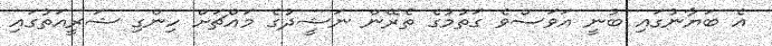
އެ ބަޔާނުގައި ބުނީ އަވަސްވެ ގަތުމުގެ ތެރޭން ނަޝީދުގެ މައްޗަށް ހިންގި ޝަރީއަތުގައި